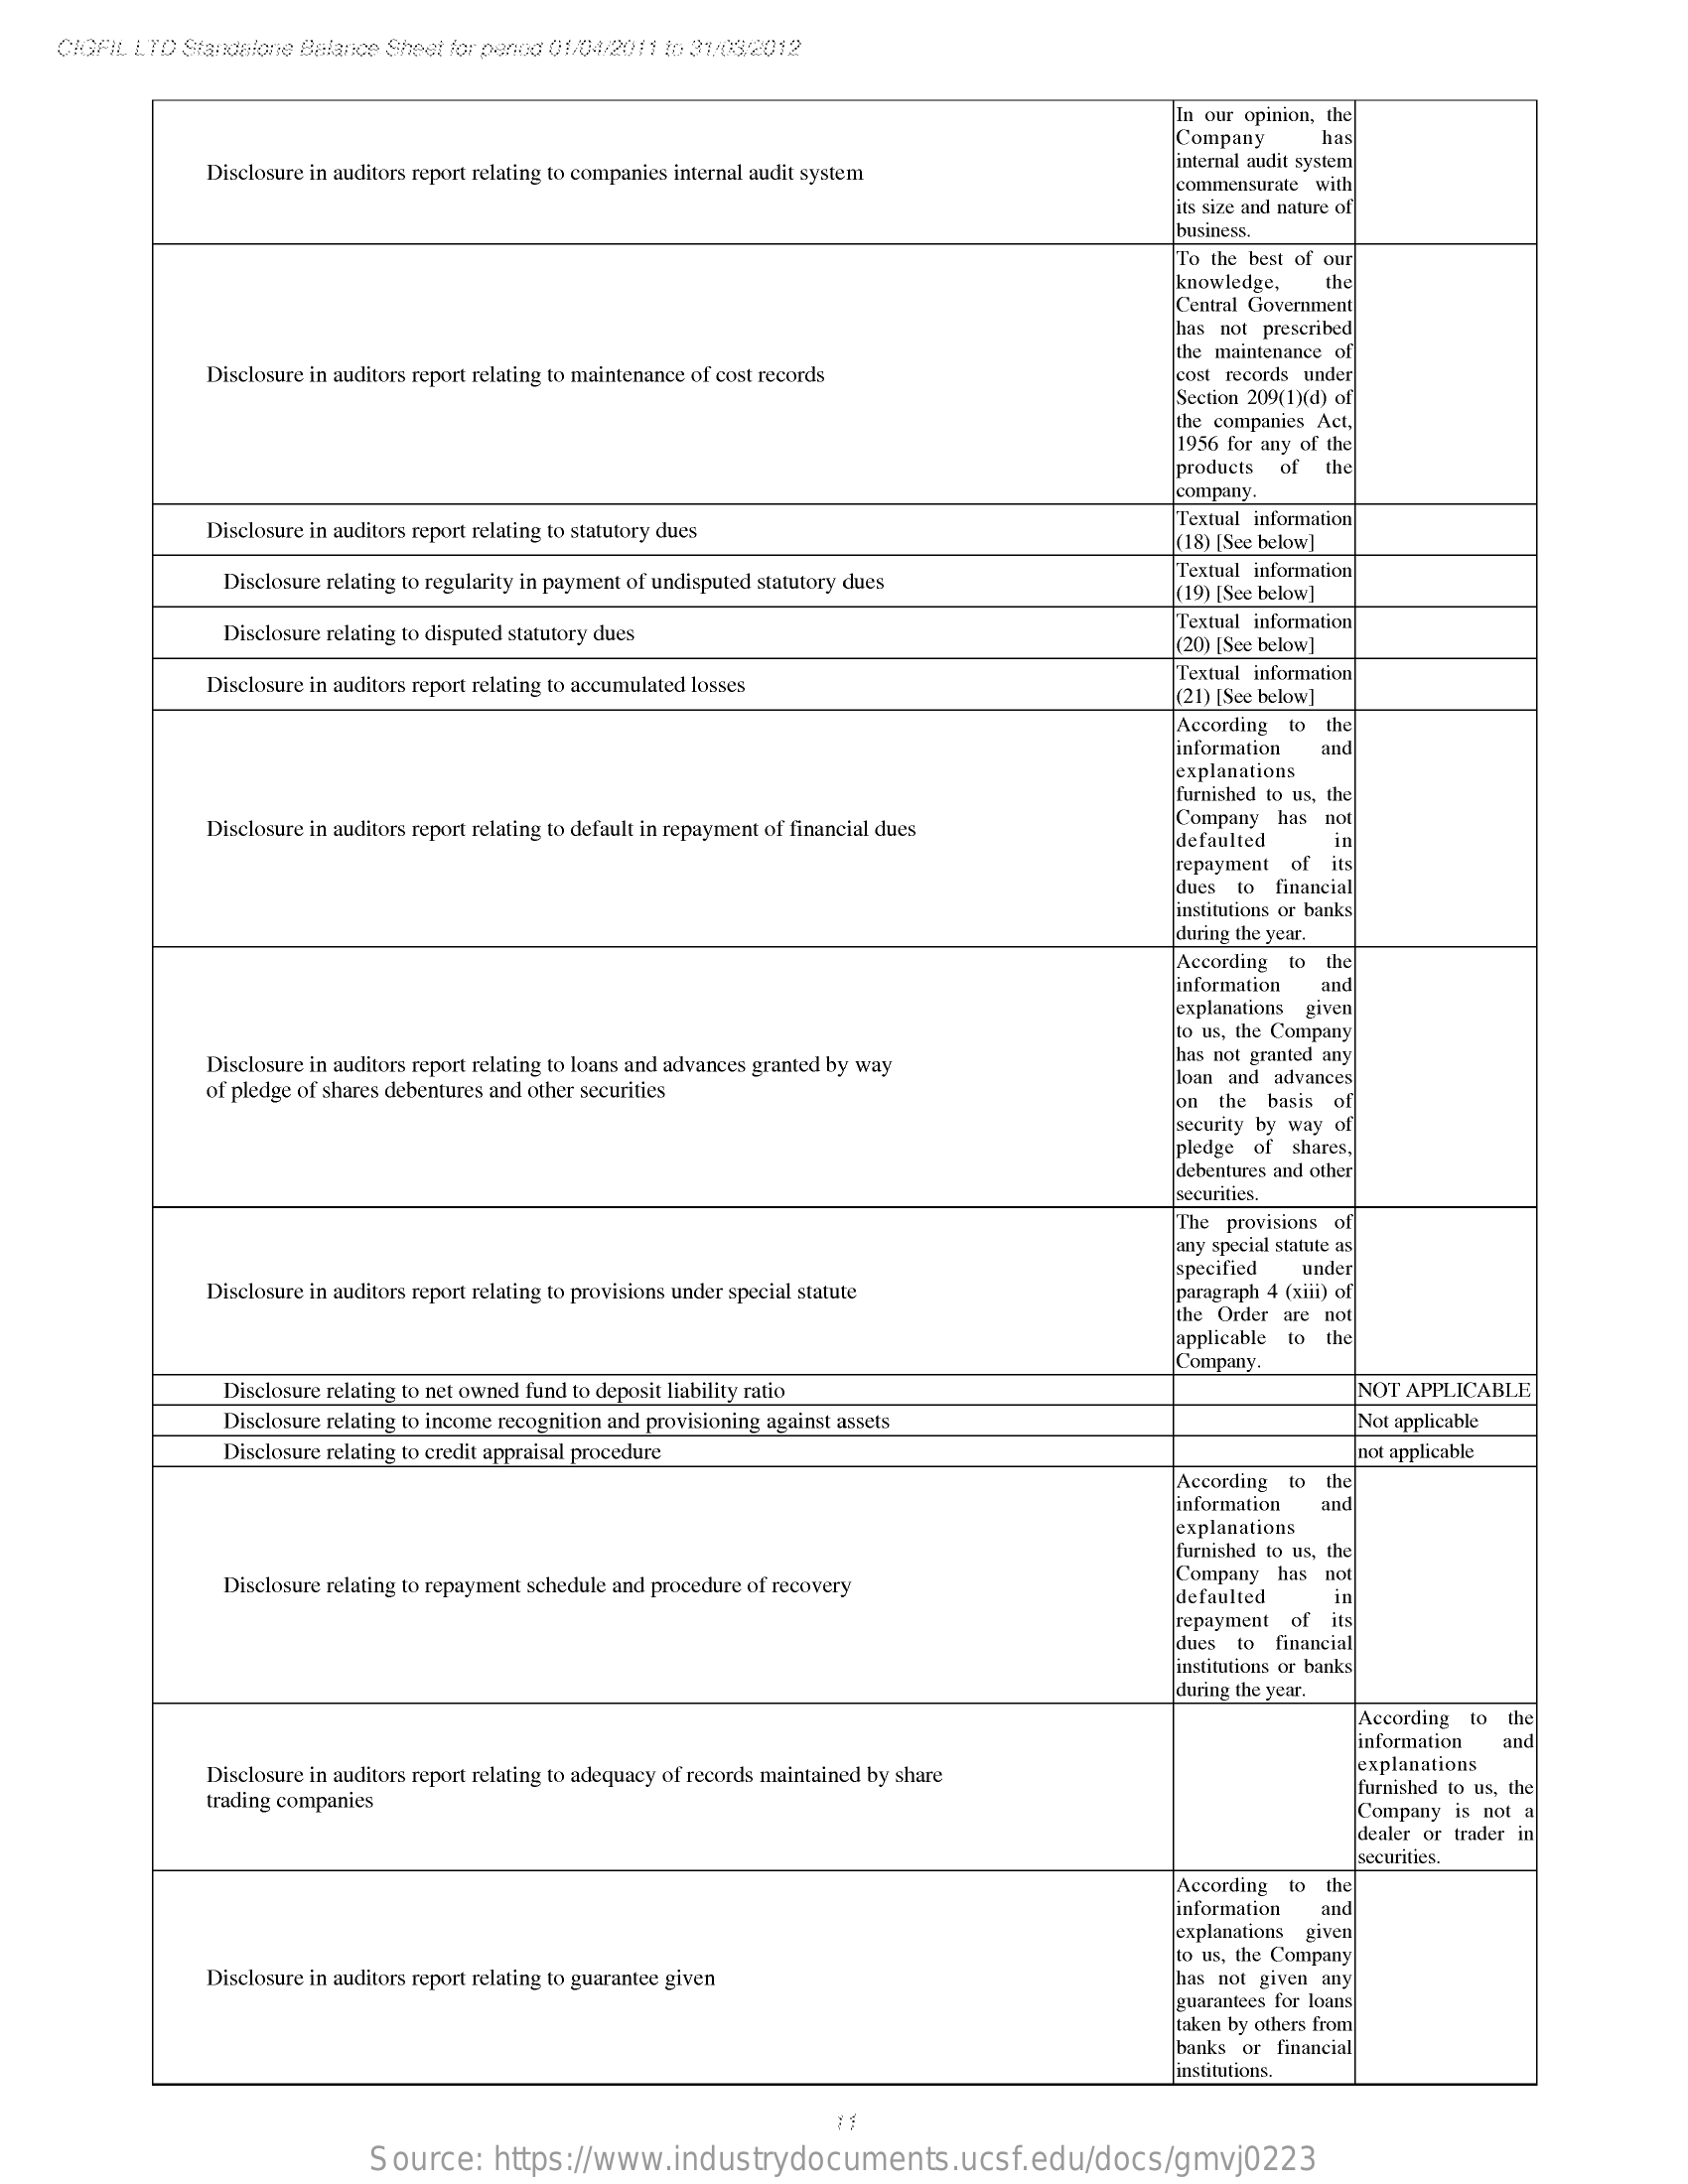
CIGFIL LTD Standalone Balance Sheet for penoo 01/04/2011 to 31/03/2012
     In our opinion, the
     Company  ha
     Disclosure in auditors report relating to companies internal audit system
     internal audit system
     commensurate with
     its size and nature of
     business,
     To the best of our
     knowledge, the
     Central Government
     has not prescribed
     Disclosure in auditors report relating to maintenance of cost records
     the maintenance of
     cost records under
     Section 209(1)(d) of
     the companies Act,
     1956 for any of the
     products of the
     company.
     Disclosure in auditors report relating to statutory dues
     Textual information
     (18) [See below]
     Disclosure relating to regularity in payment of undisputed statutory dues
     Textual information
     (19) [See below]
     Disclosure relating to disputed statutory dues
     Textual information
     (20) [See below]
     Disclosure in auditors report relating to accumulated losses
     Textual information
     (21) [See below]
     According 10 the
     information and
     explanations
     furnished to us, the
     Disclosure in auditors report relating to default in repayment of financial dues
     Company has not
     defaulted
     repayment of its
     dues to financial
     institutions or banks
     during the year.
     According to the
     information and
     explanations given
     to us, the Company
     Disclosure in auditors report relating to loans and advances granted by way
     has not granted any
     of pledge of shares debentures and other securities
     loan and advances
     on the basis
     security by way of
     of
     pledge of shares,
     debentures and other
     securities.
     The provisions of
     any special statute as
     Disclosure in auditors report relating to provisions under special statute
     specified under
     paragraph 4 (xiii) of
     the Order are not
     applicable to the
     Company.
     Disclosure relating to net owned fund to deposit liability ratio    NOT APPLICABLE
     Disclosure relating to income recognition and provisioning against assets Not applicable
     Disclosure relating to credit appraisal procedure    not applicable
     According to the
     information and
     explanations
     furnished to us, the
     Disclosure relating to repayment schedule and procedure of recovery
     Company has not
     defaulted in
     repayment of its
     dues to financial
     institutions or banks
     during the year.
     According to the
     information and
     Disclosure in auditors report relating to adequacy of records maintained by share explanations
     trading companies
     furnished to us, the
     Company is not a
     dealer or trader in
     securities.
     According to
     information
     explanations given
     Disclosure in auditors report relating to guarantee given
     to us, the Company
     has not given any
     guarantees for loans
     taken by others from
     banks or financial
     institutions.
     Source: https://www.industrydocuments.ucsf.edu/docs/gmvj0223